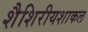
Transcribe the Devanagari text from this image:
शैशिरीयशाकल